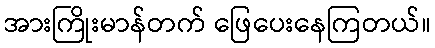
အားကြိုးမာန်တက် ဖြေပေးနေကြတယ်။